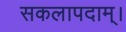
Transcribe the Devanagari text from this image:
सकलापदाम्‌।